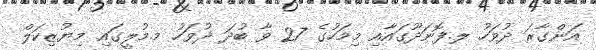
އަންގާރަ ދުވަހު ލ.ފޮނަދޫގައާއި މިމަހުގެ 27 ވާ ބުދަ ދުވަހު މ.މުލީގައި މިޔުޒިކަލް